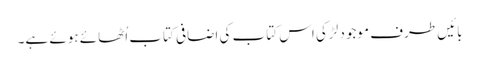
بائیں طرف موجود لڑکی اس کتاب کی اضافی کتاب اُٹھائے ہوئے ہے۔